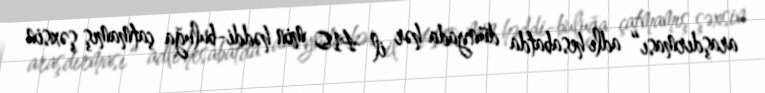
araşdırması“ adlı hesabatda dünyada hər il 410 min həddi-buluğa çatmamış şəxsin